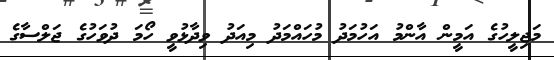
މަޖިލީހުގެ އަމީން އާންމު އަހުމަދު މުހައްމަދު މިއަދު ވިދާޅުވީ ހޯމަ ދުވަހުގެ ޖަލްސާގެ